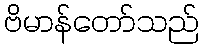
ဗိမာန်တော်သည်